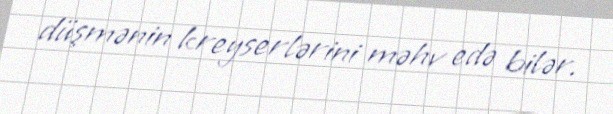
düşmənin kreyserlərini məhv edə bilər.